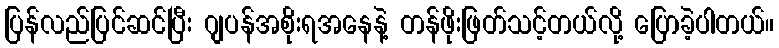
ပြန်လည်ပြင်ဆင်ပြီး ဂျပန်အစိုးရအနေနဲ့ တန်ဖိုးဖြတ်သင့်တယ်လို့ ပြောခဲ့ပါတယ်။